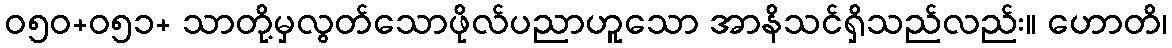
ဝ၅၀+၀၅၁+ သာတို့မှလွတ်သောဖိုလ်ပညာဟူသော အာနိသင်ရှိသည်လည်း။ ဟောတိ၊